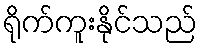
ရိုက်ကူးနိုင်သည်